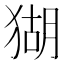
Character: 猢